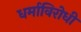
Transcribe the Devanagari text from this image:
धर्माविरोधी